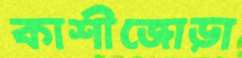
কাশীজোড়া